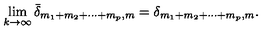
\lim _ { k \rightarrow \infty } { \bar { \delta } } _ { m _ { 1 } + m _ { 2 } + \cdots + m _ { p } , m } = \delta _ { m _ { 1 } + m _ { 2 } + \cdots + m _ { p } , m } .